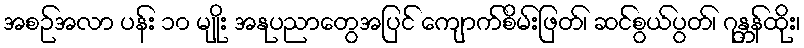
အစဉ်အလာ ပန်း ၁၀ မျိုး အနုပညာတွေအပြင် ကျောက်စိမ်းဖြတ်၊ ဆင်စွယ်ပွတ်၊ ဂုန္တန်ထိုး၊